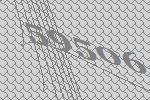
59506